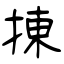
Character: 㨂